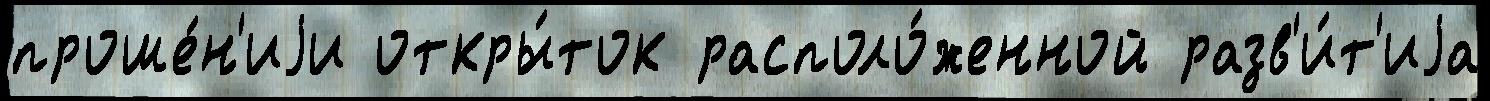
проше́н'иjи откры́ток располо́женной разв'и́т'иjа